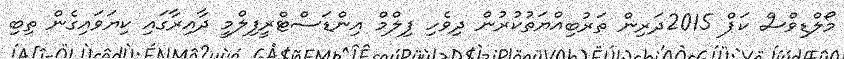
މޯލްޑިވްސް ކަޕް 2015ދަރިން ތަރުބިއްޔަތުކުރުން ދިވެހި ފިލްމް އިންޑަސްޓްރީފިލްމީ ދާއިރާގައި ކިޔަވައިގެން ތިބި